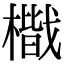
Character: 𭬐